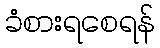
ခံစားရစေရန်